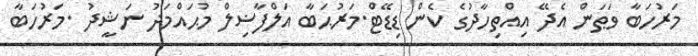
މަރުހަބާ ވަޠަން އެދޭ އިއްތިހާދުގެ ކެން ޑިޑޭޓް.މަރުޙަބާ އަލްފާޟިލް މުޙައްމަދު ނަޝީދު .މަރުހަބާ